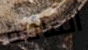
الفائتة